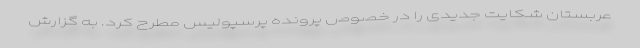
عربستان شکایت جدیدی را در خصوص پرونده پرسپولیس مطرح کرد. به گزارش